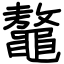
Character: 鼇